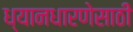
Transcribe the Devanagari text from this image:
ध्यानधारणेसाठी